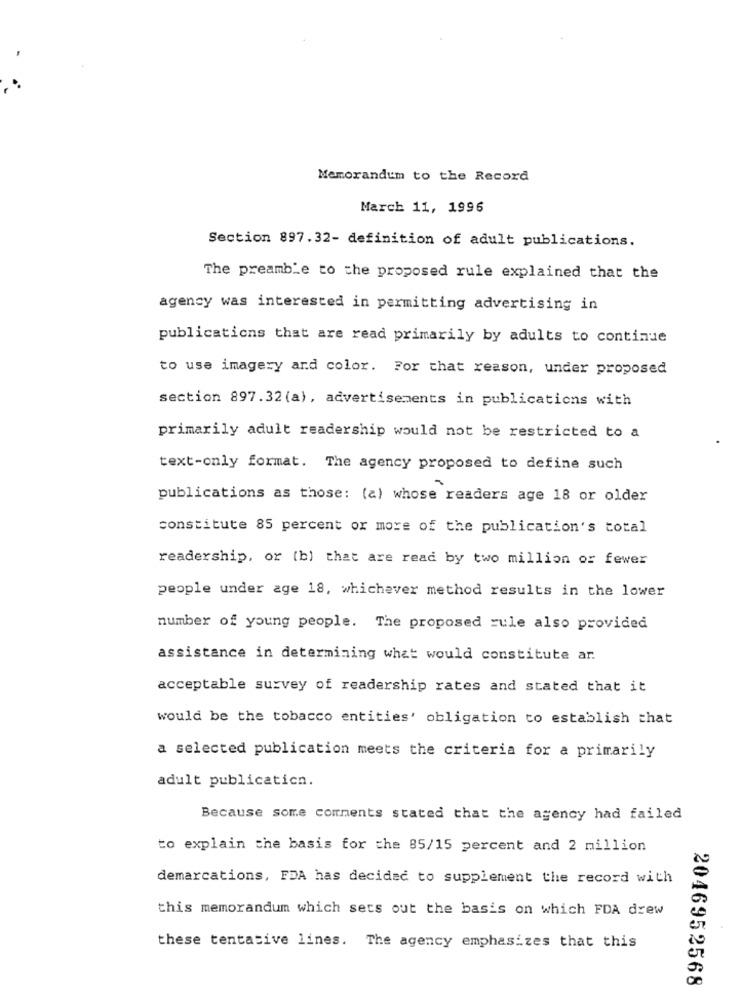
Memorandum to the Record
March 11, 1996
Section 897.32- definition of adult publications.
The preamble to the proposed rule explained that the
agency was interested in permitting advertising in
publications that are read primarily by adults to continue
to use imagery and color. For that reason, under proposed
section 897.32 (a), advertisements in publications with
primarily adult readership would not be restricted to a
text-only format. The agency proposed to define such
publications as those: (a) whose readers age 18 or older
constitute 85 percent or more of the publication's total
readership, or (b) that are read by two million or fewer
people under age 18, whichever method results in the lower
number of young people. The proposed rule also provided
assistance in determining what would constitute ar.
acceptable survey of readership rates and stated that it
would be the tobacco entities' obligation to establish that
a selected publication meets the criteria for a primarily
adult publication.
Because some comments stated that the agency had failed
to explain the basis for the 85/15 percent and 2 million
demarcations, FDA has decided to supplement the record with
this memorandum which sets out the basis on which FDA drew
these tentative lines. The agency emphasizes that this
2046952568